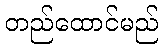
တည်ထောင်မည်